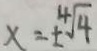
x = \pm \sqrt [ 4 ] { 4 }